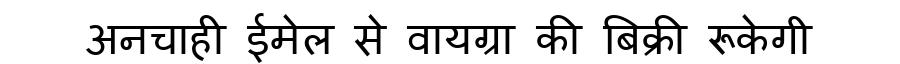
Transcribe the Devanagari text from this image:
अनचाही ईमेल से वायग्रा की बिक्री रूकेगी